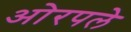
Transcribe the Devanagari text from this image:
ओरपले